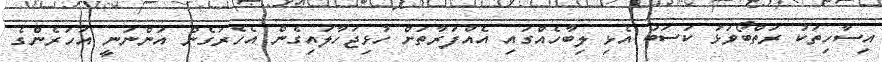
އިސާހިތަކު ރަތްބޯވަޅު ކަސަބު އެޅި ލިބާހެއްގައި އެއްފަރާތަށް ހުޅިޖަހާލައިގެން އެހެރަގެން އަންނަނީ އަހަރެންގެ